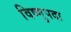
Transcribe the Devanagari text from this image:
विष्‍णुपदा